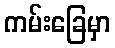
ကမ်းခြေမှာ